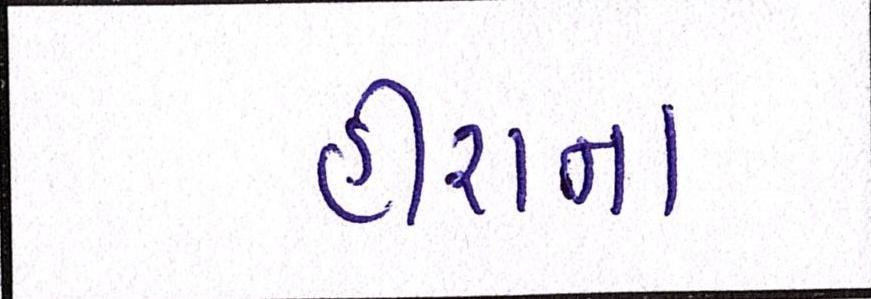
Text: હીરાના